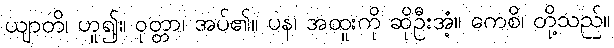
ယျာတိ၊ ဟူ၍။ ဝုတ္တာ၊ အပ်၏။ ပန၊ အထူးကို ဆိုဦးအံ့။ ကေစိ၊ တို့သည်။